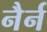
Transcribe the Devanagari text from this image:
नैर्न